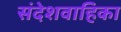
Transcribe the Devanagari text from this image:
संदेशवाहिका